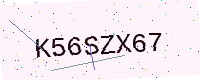
Text: K56SZX67